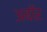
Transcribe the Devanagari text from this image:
अबॉर